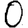
Digit: 0